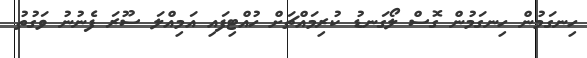
ހިނގަމުން ހިނގަމުން ގޮސް ލޯގަނޑު ކުރިމައްޗަށް ހުއްޓިފައި އަމިއްލަ ސޫރަ ފެނުނު ވަގުތު